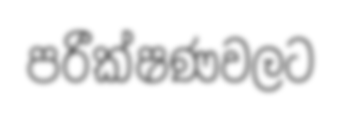
පරීක්ෂණවලට